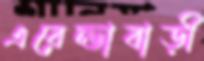
এরেন্ডাবাড়ী